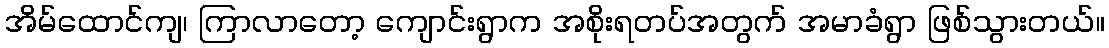
အိမ်ထောင်ကျ၊ ကြာလာတော့ ကျောင်းရွာက အစိုးရတပ်အတွက် အမာခံရွာ ဖြစ်သွားတယ်။